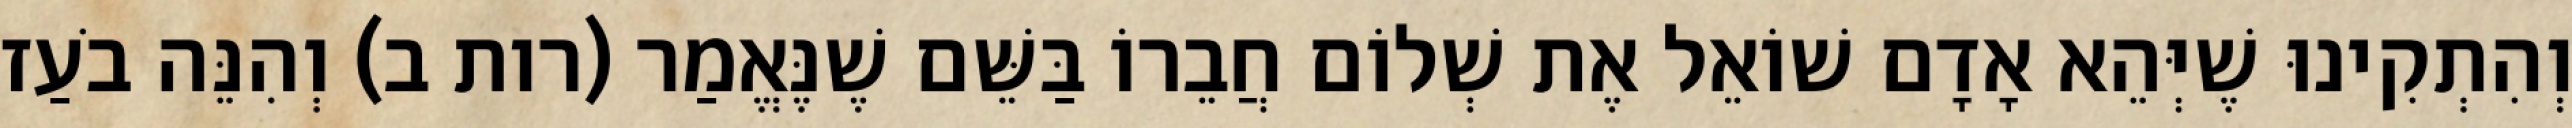
וְהִתְקִינוּ שֶׁיְּהֵא אָדָם שׁוֹאֵל אֶת שְׁלוֹם חֲבֵרוֹ בַּשֵּׁם שֶׁנֶּאֱמַר (רות ב) וְהִנֵּה בֹעַז